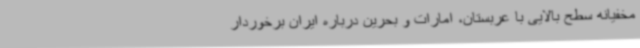
مخفیانه سطح بالایی با عربستان، امارات و بحرین درباره ایران برخوردار